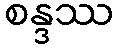
စန္ဒဿ